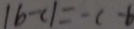
\vert b - c \vert = - c - b